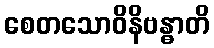
စေတသောဝိနိဗန္ဓာတိ